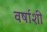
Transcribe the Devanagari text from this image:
वर्षाशी